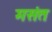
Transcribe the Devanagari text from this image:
मसंत